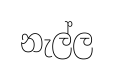
නැල්ල